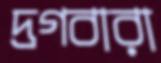
দ্রগবারা